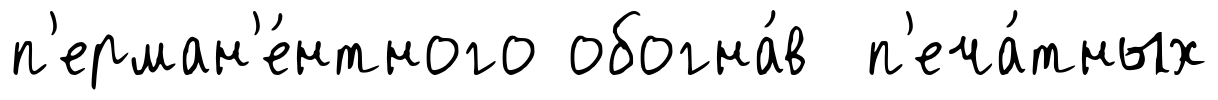
п'ерман'е́нтного обогна́в п'еча́тных